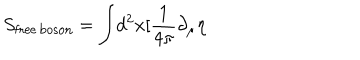
S _ { \mathrm { f r e e \, b o s o n } } = \int \! d ^ { 2 } x [ \frac { 1 } { 4 \pi } \partial _ { \mu } \eta